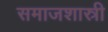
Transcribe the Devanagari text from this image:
समाजशास्री